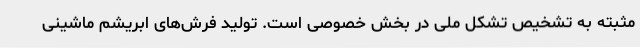
مثبته به تشخیص تشکل ملی در بخش خصوصی است. تولید فرش‌های ابریشم ماشینی